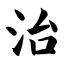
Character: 治